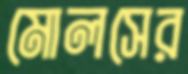
মোলসের